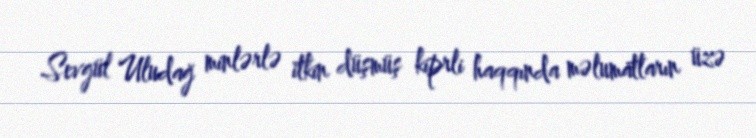
Sevgül Uludağ minlərlə itkin düşmüş kiprli haqqında məlumatların üzə